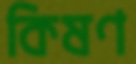
কিষণ